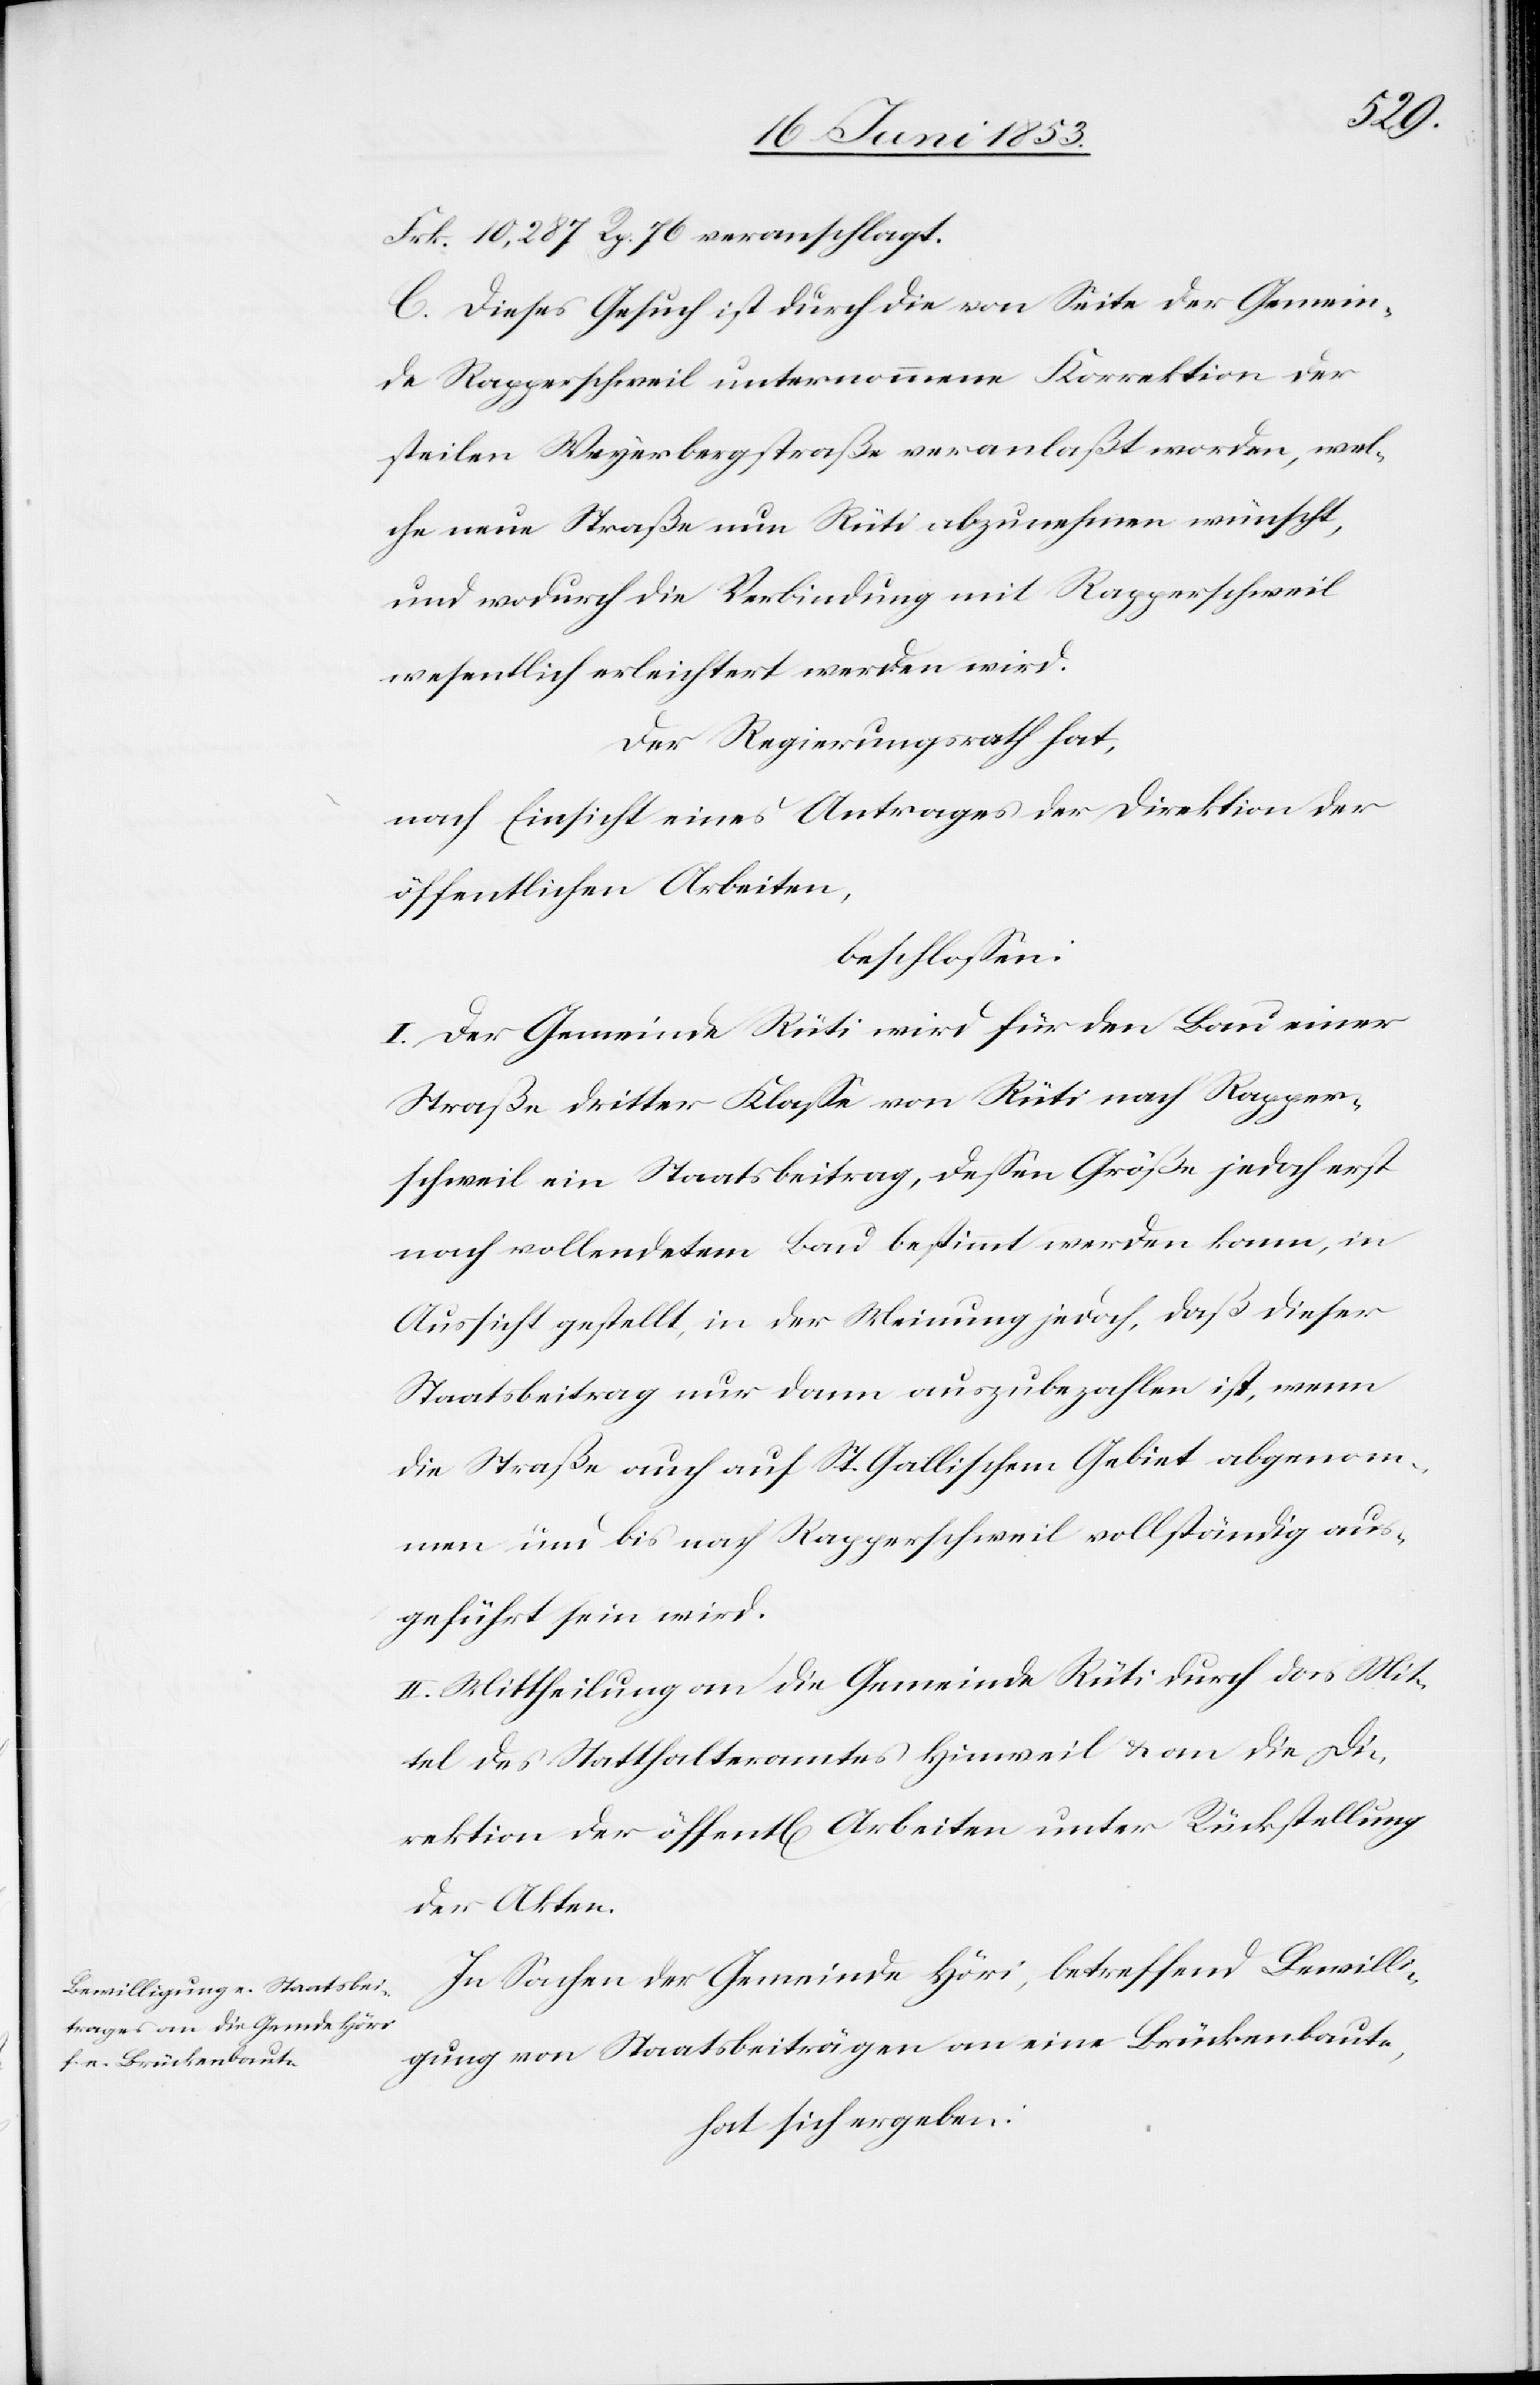
Frk. 10,287 Rp. 76 veranschlagt.
C. Dieses Gesuch ist durch die von Seite der Gemein¬
de Rapperschweil unternommene Korrektion der
steilen Weyerbergstraße veranlaßt worden, wel¬
che neue Straße nun Rüti abzunehmen wünscht,
und wodurch die Verbindung mit Rapperschweil
wesentlich erleichtert werden wird.
Der Regierungsrath hat,
nach Einsicht eines Antrages der Direktion der
beschloßen:
I. Der Gemeinde Rüti wird für den Bau einer
Straße dritter Klaße von Rüti nach Rapper¬
schweil ein Staatsbeitrag, deßen Größe jedoch erst
nach vollendetem Bau bestimmt werden kann, in
Aussicht gestellt, in der Meinung jedoch, daß dieser
Staatsbeitrag nur dann auszubezahlen ist, wenn
die Straße auch auf St. Gallischem Gebiet abgenom¬
men und bis nach Rapperschweil vollständig aus¬
geführt sein wird.
II. Mittheilung an die Gemeinde Rüti durch das Mit¬
tel des Statthalteramtes Hinweil u. an die Di¬
rektion der öffentl[ichen] Arbeiten unter Rückstellung
der Akten.
In Sachen der Gemeinde Höri, betreffend Bewilli¬
gung von Staatsbeiträgen an eine Brückenbaute,
hat sich ergeben: